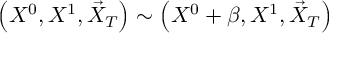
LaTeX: \left( X ^ { 0 } , X ^ { 1 } , \vec { X } _ { T } \right) \sim \left( X ^ { 0 } + \beta , X ^ { 1 } , \vec { X } _ { T } \right)